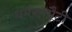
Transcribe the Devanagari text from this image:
धर्मकसौटी